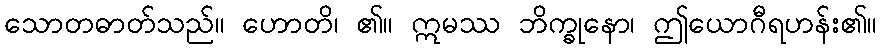
သောတဓာတ်သည်။ ဟောတိ၊ ၏။ ဣမဿ ဘိက္ခုနော၊ ဤယောဂီရဟန်း၏။